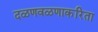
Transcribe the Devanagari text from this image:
दळणवळणाकरिता